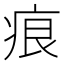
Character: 痕